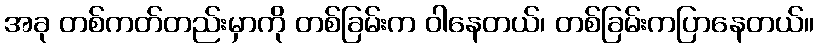
အခု တစ်ကတ်တည်းမှာကို တစ်ခြမ်းက ဝါနေတယ်၊ တစ်ခြမ်းကပြာနေတယ်။